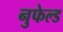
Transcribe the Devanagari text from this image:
नुफेल्ड